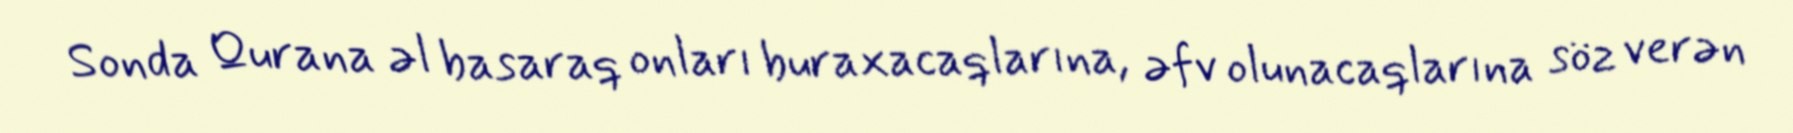
Sonda Qurana əl basaraq onları buraxacaqlarına, əfv olunacaqlarına söz verən